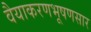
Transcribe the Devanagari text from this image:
वैयाकरणभूषणसार